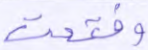
وفتحت